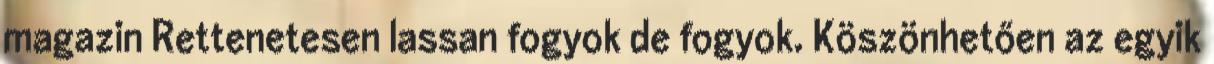
magazin Rettenetesen lassan fogyok de fogyok. Köszönhetően az egyik